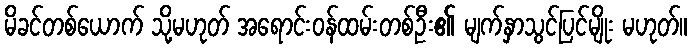
မိခင်တစ်ယောက် သို့မဟုတ် အရောင်းဝန်ထမ်းတစ်ဦး၏ မျက်နှာသွင်ပြင်မျိုး မဟုတ်။